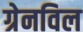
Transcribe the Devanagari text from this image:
ग्रेनविल